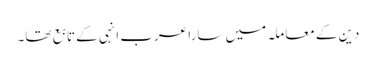
دین کے معاملہ میں سارا عرب انہی کے تابع تھا۔